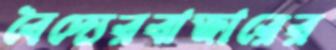
বৈদ্যেরবাজারের